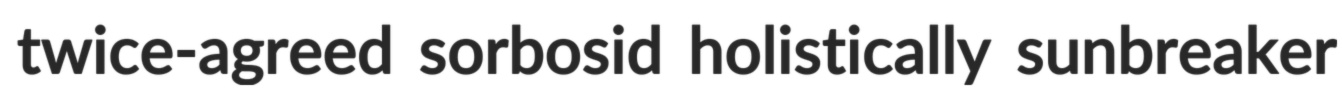
twice-agreed sorbosid holistically sunbreaker